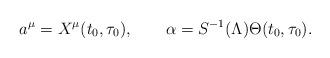
LaTeX: \begin{align*}a^\mu=X^\mu(t_0,\tau_0),\quad\quad\alpha=S^{-1}(\Lambda)\Theta(t_0,\tau_0).\end{align*}